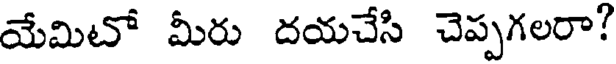
యేమిటో మీరు దయచేసి చెప్పగలరా?